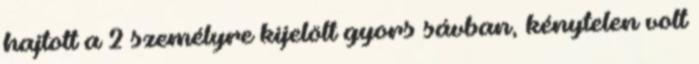
hajtott a 2 személyre kijelölt gyors sávban, kénytelen volt